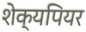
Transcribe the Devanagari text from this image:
शेक्यपियर